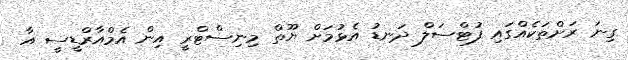
ގިނަ ރަށްތަކެއްގައި ފުޓްސަލް ދަނޑު އެޅުމަށް ޔޫތް މިނިސްޓްރީ އިން އެމްއާރްޑީސީ އާ